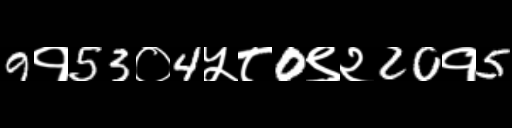
Text: 9१53०4५८0९२20१5